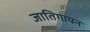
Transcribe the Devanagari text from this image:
जातिगायन